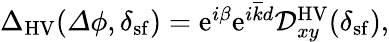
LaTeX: \begin{array}{r}{{\Delta}_{\mathrm{HV}}({\mathit\Delta\phi},\delta_{\mathrm{sf}})=\mathrm{e}^{i\beta}\mathrm{e}^{i\overline{{k}}d}\mathcal{D}_{xy}^{\mathrm{HV}}(\delta_{\mathrm{sf}}),}\end{array}